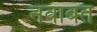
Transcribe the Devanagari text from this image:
नवाबत